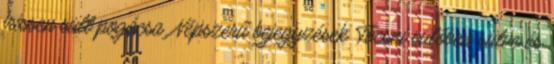
frissen sült pogácsa. Népszerű bejegyzések Tócsni sütőben sütve és